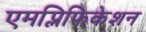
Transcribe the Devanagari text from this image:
एमप्लिफिकेशन